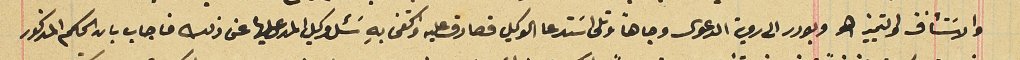
والاسَتئناف والتمييز الخ وبودر الى روية الدعوى وجاهاً وتلى اسَتدعا الوكيل فصادق عليه واكتفى بهِ سَئل وكيل المدعى عليها عن ذلك فاجاب بان الحكم المذكور